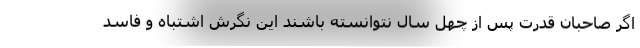
اگر صاحبان قدرت پس از چهل سال نتوانسته باشند این نگرش اشتباه و فاسد